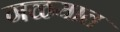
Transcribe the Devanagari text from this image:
गळयात